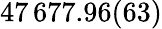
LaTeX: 47\, 677.96(63)